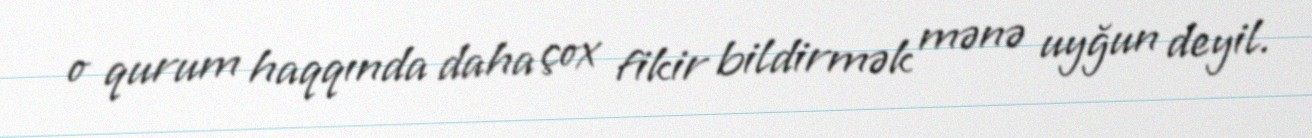
o qurum haqqında daha çox fikir bildirmək mənə uyğun deyil.